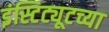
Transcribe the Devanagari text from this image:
इंस्टिट्यूटच्या